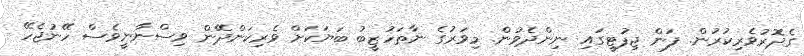
ގެދޮރުވެރިކުރުން. ފަން ޖިފުޓީގައި ނިންދެވުން. މިވަރުގެ ނާތަހުޒީބު ބަޔަކަށް ވެރިކަންދޭން ވިސްނާނީވެސް ހޭނުޖެހޭ